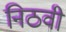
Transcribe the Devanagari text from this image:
निठवी